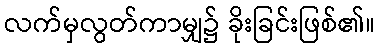
လက်မှလွတ်ကာမျှ၌ ခိုးခြင်းဖြစ်၏။